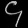
Digit: ၄